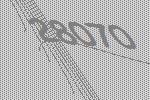
28070